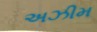
અઝીમ